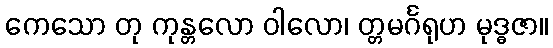
ကေသော တု ကုန္တလော ဝါလော၊ တ္တမင်္ဂရုဟ မုဒ္ဓဇာ။